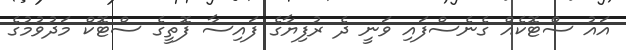
އައު ސްޓޮކެއް ގެނެސްފައި ވަނީ ދެ ރުފިޔާގެ ފައިސާ ފޮތީގެ ސްޓޮކް މަދުވުމުގެ